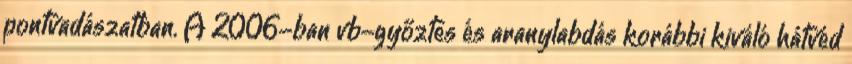
pontvadászatban. A 2006-ban vb-győztes és aranylabdás korábbi kiváló hátvéd